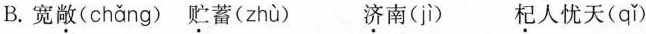
B.宽敞(chang) 贮蓄（zhu） 济南（ji）杞人忧天(qi)